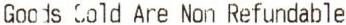
GOODS COLD ARE NON REFUNDABLE